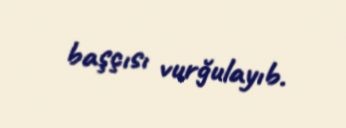
başçısı vurğulayıb.